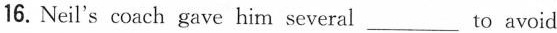
16. Neil's coach gave him several_ to avoid